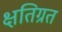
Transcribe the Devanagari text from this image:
क्षतिग्रत